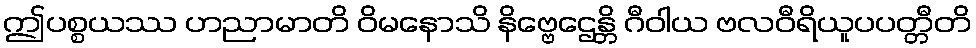
ဤပစ္စယဿ ဟညာမာတိ ဝိမနောသိ နိဗ္ဗေဌေန္တိ ဂီဝါယ ဗလဝီရိယူပပတ္တီတိ